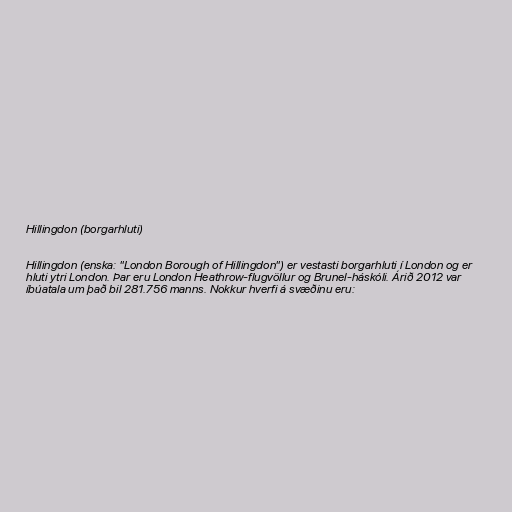
Hillingdon (borgarhluti)

Hillingdon (enska: "London Borough of Hillingdon") er vestasti borgarhluti í London og er
hluti ytri London. Þar eru London Heathrow-flugvöllur og Brunel-háskóli. Árið 2012 var
íbúatala um það bil 281.756 manns. Nokkur hverfi á svæðinu eru: